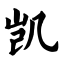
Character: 凯